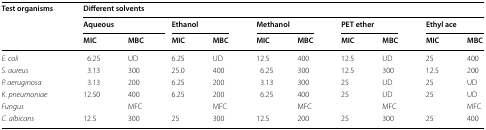
| <ROWSPAN=3> Test organisms | <COLSPAN=10> Different solvents |
 | <COLSPAN=2> Aqueous | <COLSPAN=2> Ethanol | <COLSPAN=2> Methanol | <COLSPAN=2> PET ether | <COLSPAN=2> Ethyl ace |
 | MIC | MBC | MIC | MBC | MIC | MBC | MIC | MBC | MIC | MBC |
 | --- | --- | --- | --- | --- | --- | --- | --- | --- | --- | --- |
 | E. coli | 6.25 | UD | 6.25 | UD | 12.5 | 400 | 12.5 | UD | 25 | 400 |
 | S. aureus | 3.13 | 300 | 25.0 | 400 | 6.25 | 300 | 12.5 | 300 | 12.5 | 200 |
 | P. aeruginosa | 3.13 | 200 | 6.25 | 200 | 3.13 | 300 | 25 | UD | 25 | UD |
 | K. pneumoniae | 12.50 | 400 | 6.25 | 200 | 6.25 | 400 | 25 | UD | 25 | UD |
 | Fungus |  | MFC |  | MFC |  | MFC |  | MFC |  | MFC |
 | C. albicans | 12.5 | 300 | 25 | 300 | 12.5 | 200 | 25 | 300 | 25 | 400 |